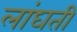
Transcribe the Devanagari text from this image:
लांघती